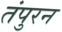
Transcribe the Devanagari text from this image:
तंपुरन